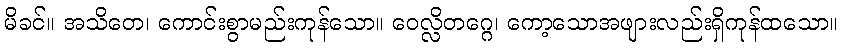
မိခင်။ အသိတေ၊ ကောင်းစွာမည်းကုန်သော။ ဝေလ္လိတဂ္ဂေ၊ ကော့သောအဖျားလည်းရှိကုန်ထသော။